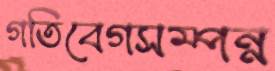
গতিবেগসম্পন্ন